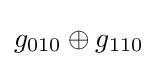
g_{010}\oplus g_{110}